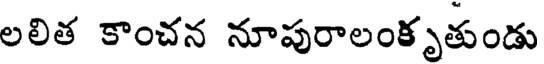
లలిత కాంచన నూపురాలంకృతుండు